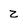
Character: z